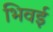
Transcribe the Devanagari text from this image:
भिवई